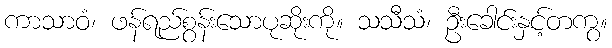
ကာသာဝံ၊ ဖန်ရည်စွန်းသောပုဆိုးကို။ သသီသံ၊ ဦးခေါင်းနှင့်တကွ။